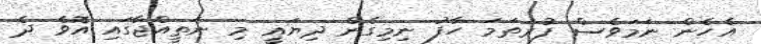
އެހެން ނަމަވެސް ފުރަތަމަ ހާފު ނިމިގެން ދިޔައީ މި ނަތީއްޖާގައި އޮވެ ދެ